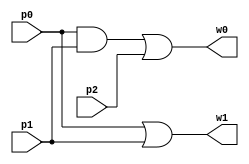


module Comp3p2(w0, w1, p0, p1, p2); //{p0p1+p2, p0+p1}

input p0, p1, p2;
output w0, w1;
wire r0;

and and_1(r0, p0, p1);
or or_1(w0, r0, p2);

or or_2(w1, p0, p1);

endmodule